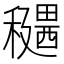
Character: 𥣊